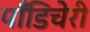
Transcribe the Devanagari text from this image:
पॉँडिचेरी